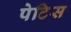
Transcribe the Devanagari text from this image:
पेटिस